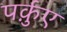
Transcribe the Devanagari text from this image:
पर्क़ुए